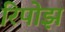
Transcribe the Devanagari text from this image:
रिपोझ